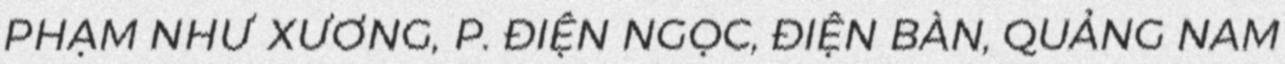
PHẠM NHƯ XƯƠNG, P. ĐIỆN NGỌC, ĐIỆN BÀN, QUẢNG NAM